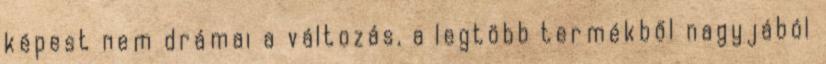
képest nem drámai a változás, a legtöbb termékből nagyjából